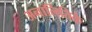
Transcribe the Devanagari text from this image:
अनालितिके